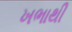
ખભાથી